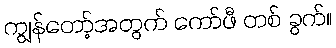
ကျွန်တော့်အတွက် ကော်ဖီ တစ် ခွက်။